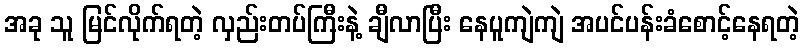
အခု သူ မြင်လိုက်ရတဲ့ လှည်းတပ်ကြီးနဲ့ ချီလာပြီး နေပူကျဲကျဲ အပင်ပန်းခံစောင့်နေရတဲ့